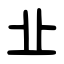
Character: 㐀